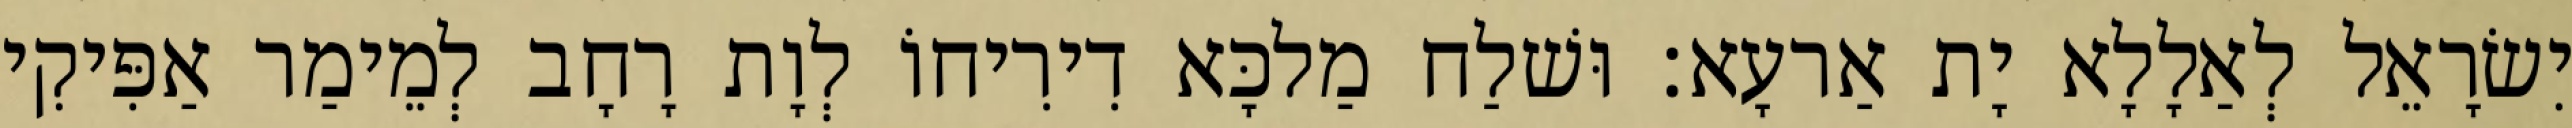
יִשׂרָאֵל לְאַלָלָא יָת אַרעָא׃ וּשׁלַח מַלכָּא דִירִיחוֹ לְוָת רָחָב לְמֵימַר אַפִּיקִי